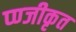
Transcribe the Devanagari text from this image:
प्ण्जीकृत